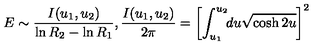
E \sim { \frac { I ( u _ { 1 } , u _ { 2 } ) } { \ln R _ { 2 } - \ln R _ { 1 } } } , { \frac { I ( u _ { 1 } , u _ { 2 } ) } { 2 \pi } } = \left[ \int _ { u _ { 1 } } ^ { u _ { 2 } } \! \! d u \sqrt { \cosh 2 u } \right] ^ { 2 }